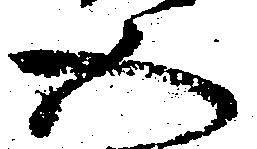
五